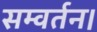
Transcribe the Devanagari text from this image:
सम्वर्तन।